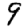
Digit: 9